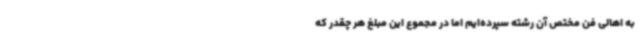
به اهالی فن مختص آن رشته سپرده‌ایم اما در مجموع این مبلغ هر چقدر که